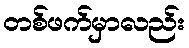
တစ်ဖက်မှာလည်း